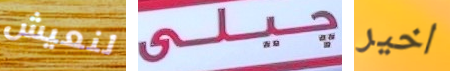
لنعيش جيلي اخير